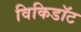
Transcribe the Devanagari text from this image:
विकिडॉट